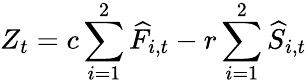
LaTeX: Z_{t}=c\sum_{i=1}^{2}\widehat{F}_{i,t}-r\sum_{i=1}^{2}\widehat{S}_{i,t}